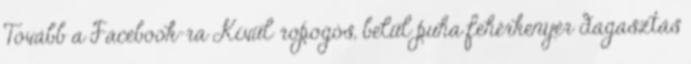
Tovább a Facebook-ra Kívül ropogós, belül puha fehérkenyér dagasztás